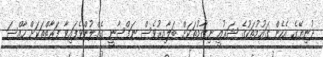
ދުނިޔޭގެ އެހެން ގައުމުތަކުގެ ޝަރުއީ ނިޒާމުތަކަށް ބަލާއިރުވެސް ނަފްސާނީ ގެއްލުންވެފައިވާ ފަރާތްތަކަށް ހާއްސަ